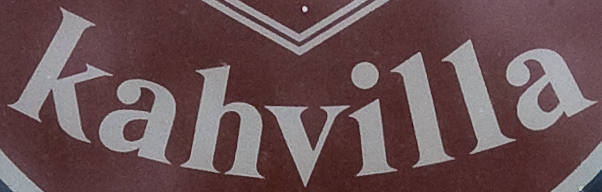
kahcilla